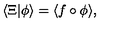
\langle \Xi | \phi \rangle = \langle f \circ \phi \rangle ,